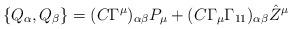
LaTeX: \begin{align*}\{ Q_\alpha,Q_\beta\}= (C\Gamma^\mu)_{\alpha\beta}P_\mu + (C\Gamma_\mu\Gamma_{11})_{\alpha\beta}{\hat Z}^\mu \end{align*}